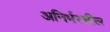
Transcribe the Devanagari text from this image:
अनिर्भरशील